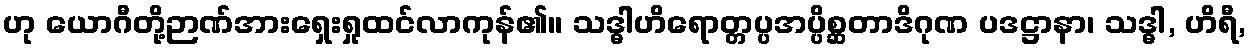
ဟု ယောဂီတို့ဉာဏ်အားရှေးရှုထင်လာကုန်၏။ သဒ္ဓါဟိရောတ္တပ္ပအပ္ပိစ္ဆတာဒိဂုဏ ပဒဋ္ဌာနာ၊ သဒ္ဓါ, ဟိရီ,